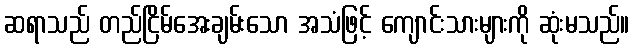
ဆရာသည် တည်ငြိမ်အေးချမ်းသော အသံဖြင့် ကျောင်းသားများကို ဆုံးမသည်။